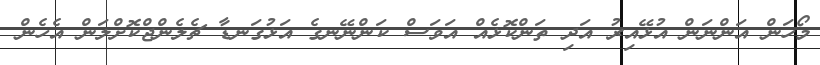
މޯހަން އަންނަން އުޅޭއިރު އަދި ތަންކޮޅެއް އަވަސް ކަންނޭނގެ އަޅުގަނޑާ ޗެލެންޖްކޮށްލަން އެހެން